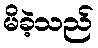
မိခဲ့သည်